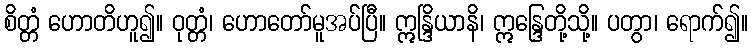
စိတ္တံ ဟောတိဟူ၍။ ဝုတ္တံ၊ ဟောတော်မူအပ်ပြီ။ ဣန္ဒြိယာနိ၊ ဣန္ဒြေတို့သို့။ ပတွာ၊ ရောက်၍။